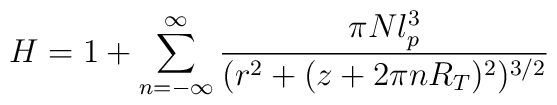
H = 1 + \sum_{n=-\infty}^{\infty}\frac{\pi N l_p^3}{(r^2 + (z + 2\pi n R_T)^2)^{3/2}}